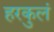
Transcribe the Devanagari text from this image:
हरकुलं